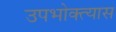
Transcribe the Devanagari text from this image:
उपभोक्त्यास